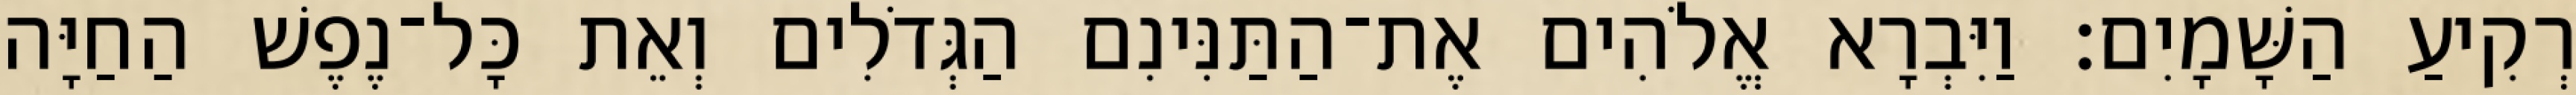
רְקִיעַ הַשָּׁמָיִם׃ וַיִּבְרָא אֱלֹהִים אֶת־הַתַּנִּינִם הַגְּדֹלִים וְאֵת כָּל־נֶפֶשׁ הַחַיָּה